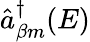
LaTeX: \hat{a}_{\beta m}^{\dagger}(E)